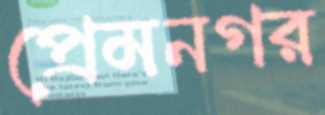
প্রেমনগর